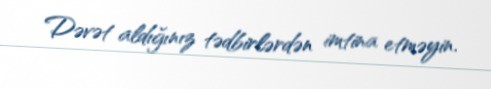
Dəvət aldığınız tədbirlərdən imtina etməyin.